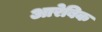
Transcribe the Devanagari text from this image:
आरेबिक